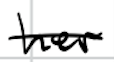
Text: her
Cross-out: single-line
Writing tool: digital_black